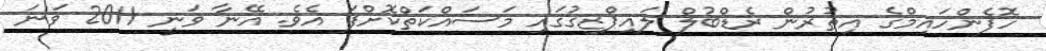
ހޮފެންހައިމްގެ އިތުރުން ރެޑްބުލް ލައިޕްޒިގުގައި މަސައްކަތްކޮށްފަ އެވެ. އޭނާ ވަނީ 2011 ވަނަ